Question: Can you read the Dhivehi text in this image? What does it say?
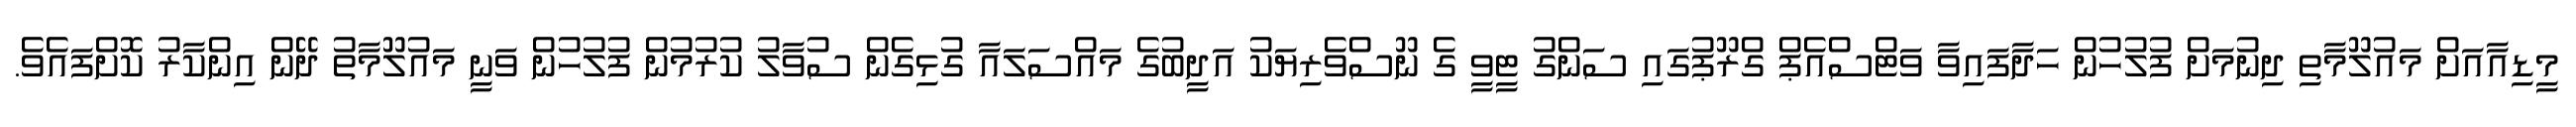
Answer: މީޑިއާއަށް މައުލޫމާތި ދިނުމަށް ފުލުހުން ހަދާފައިވާ ވަޓްސްއެޕް ގްރޫޕުގައި ސަންގު ޓީވީ ގެ ނޫސްވެރިޔަކު އަދީބުގެ މައްސަލައާ ގުޅިގެން ސުވާލު ކުރުމުން ފުލުހުން ވަނީ މައުލޫމާތު ދޭން އިންކާރު ކޮށްފައެވެ.